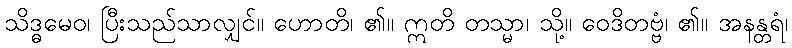
သိဒ္ဓမေဝ၊ ပြီးသည်သာလျှင်။ ဟောတိ၊ ၏။ ဣတိ တသ္မာ၊ သို့။ ဝေဒိတဗ္ဗံ၊ ၏။ အနန္တရံ၊